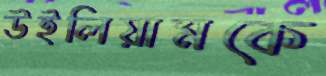
উইলিয়ামকে